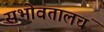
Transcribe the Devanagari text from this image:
सभोवतालचं